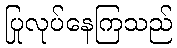
ပြုလုပ်နေကြသည်